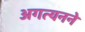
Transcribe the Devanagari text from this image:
अगत्यनने